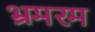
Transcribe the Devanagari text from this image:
भ्रमरम